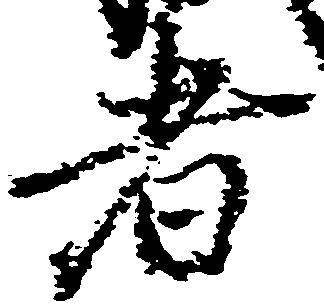
者